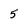
Character: 5